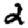
Digit: 2